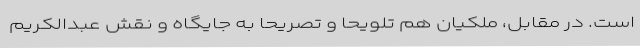
است. در مقابل، ملکیان هم تلویحاً و تصریحاً به جایگاه و نقش عبدالکریم